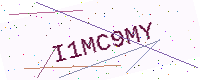
Text: I1MC9MY